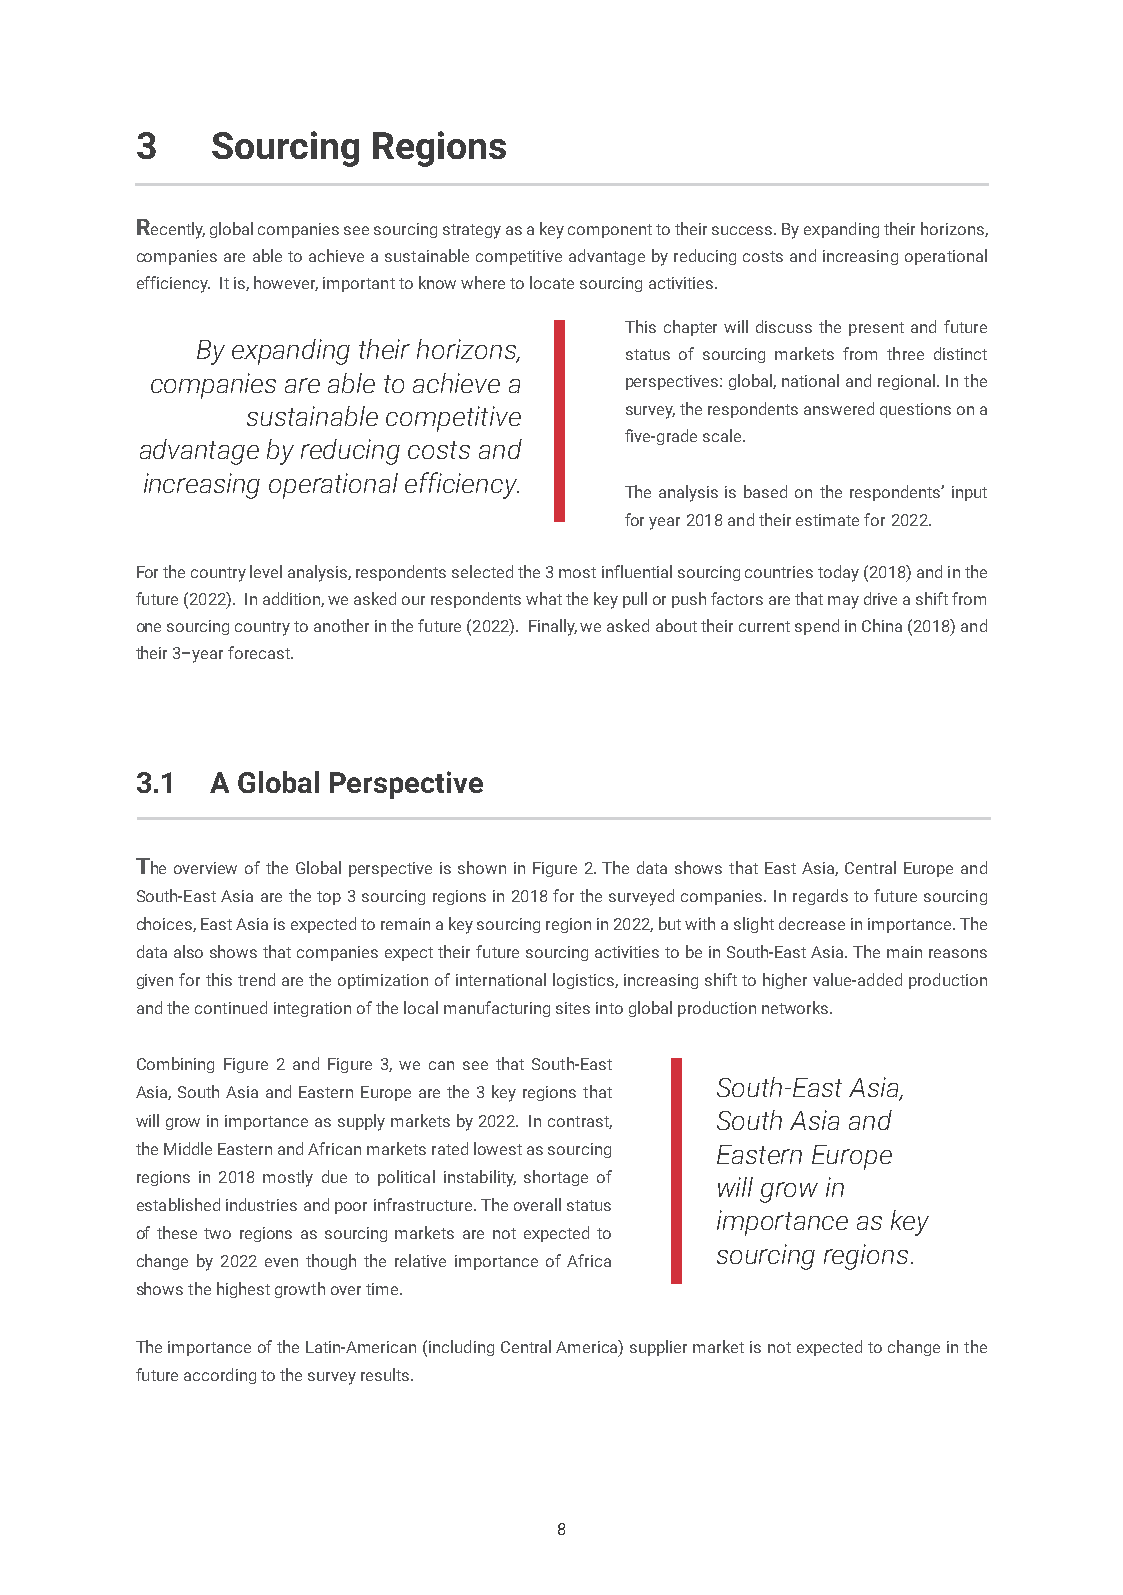
3    Sourcing   Regions
 Recently, global companies see sourcing strategy as a key component to their success. By expanding their horizons,
 companies are able to achieve a sustainable competitive advantage by reducing costs and increasing operational
 efficiency. It is, however, important to know where to locate sourcing activities.
 This chapter will discuss the present and future
 By expanding their horizons,
 status of sourcing markets from three distinct
 companies are able to achieve a perspectives: global, national and regional. In the
 sustainable competitive  survey, the respondents answered questions on a
 five-grade scale.
 advantage by reducing costs and
 increasing operational efficiency.
 The analysis is based on the respondents’ input
 for year 2018 and their estimate for 2022.
 For the country level analysis, respondents selected the 3 most influential sourcing countries today (2018) and in the
 future (2022). In addition, we asked our respondents what the key pull or push factors are that may drive a shift from
 one sourcing country to another in the future (2022). Finally, we asked about their current spend in China (2018) and
 their 3–year forecast.
 3.1  A Global Perspective
 The overview of the Global perspective is shown in Figure 2. The data shows that East Asia, Central Europe and
 South-East Asia are the top 3 sourcing regions in 2018 for the surveyed companies. In regards to future sourcing
 choices, East Asia is expected to remain a key sourcing region in 2022, but with a slight decrease in importance. The
 data also shows that companies expect their future sourcing activities to be in South-East Asia. The main reasons
 given for this trend are the optimization of international logistics, increasing shift to higher value-added production
 and the continued integration of the local manufacturing sites into global production networks.
 Combining Figure 2 and Figure 3, we can see that South-East
 South-East Asia,
 Asia, South Asia and Eastern Europe are the 3 key regions that
 will grow in importance as supply markets by 2022. In contrast, South Asia and
 the Middle Eastern and African markets rated lowest as sourcing Eastern Europe
 regions in 2018 mostly due to political instability, shortage of will grow in
 established industries and poor infrastructure. The overall status
 importance as key
 of these two regions as sourcing markets are not expected to
 sourcing regions.
 change by 2022 even though the relative importance of Africa
 shows the highest growth over time.
 The importance of the Latin-American (including Central America) supplier market is not expected to change in the
 future according to the survey results.
 8